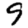
Digit: 9